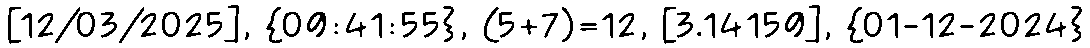
[12/03/2025], {09:41:55}, (5+7)=12, [3.14159], {01-12-2024}